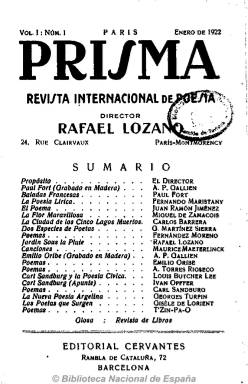
Título: Prisma (Barcelona. 1922)
Colección: Literatura
Ámbito geográfico: Barcelona
Lugar de publicación: Barcelona
Fechas: 01/01/1922-31/08/1922

Con el subtítulo “revista internacional de poesía”, la dirige desde París, en donde tiene su domicilio, el poeta mexicano Rafael Lozano (1899-¿) y es editada e impresa en Barcelona por Editorial Cervantes y la Imprenta La Polígrafa, respectivamente. Se publica desde enero hasta agosto de 1922, y su colección la integran dos volúmenes, con cuatro números cada uno, en entregas de 64 páginas y paginación continuada, en formato de libro y compuesta a una columna. No hay que confundir este título con Prisma: revista mural, de la que aparecen dos números, en noviembre de 1921 y agosto de 1922, en Buenos Aires, dirigida por Eduardo González Lanuza, y que funda junto a Jorge Luis Borges y Guillermo de Torre, entre otros.

Lozano, que en ese momento es corresponsal en la capital francesa del semanario mexicano El universal ilustrado, señala en su artículo de presentación, que, después de la Gran Guerra, se siente un inmenso deseo de renovación en lo que atañe a la poesía lírica y que la revista “aparece con el objeto de provocar un renacimiento”  de la castellana, que sepa unir a todos los poetas que escriben en la lengua de veintidós naciones, por lo que intentará dar a conocer en este idioma todas las tendencias mundiales de la poesía, en especial de los que escriben en castellano y, en general, a todos los poetas del mundo. Dará cabida a “todos los colores del espectro” y “toda la gama de la poesía lírica”, de ahí la elección del título de la publicación.

César Antonio Molina la incluye en el grupo “extraterritorial” de las numerosas revistas españolas de carácter literario y poético del primer tercio del siglo veinte, y dice de ella que puede, incluso, considerarse como un antecedente de la que en 1926 publicarán también en París Juan Larrea y César Vallejo: Favorables París poema.

Sus páginas estarán dedicadas preferentemente a la creación poética, pero también incluirá pequeños ensayos o trabajos críticos presentando a los nuevos poetas o dando cuenta de las literaturas nacionales o de las diferentes tendencias sobre las que ofrece antologías. Estos textos estarán acompañados de grabados en madera estampados en blanco y negro, que serán retratos de los poetas más destacados, firmados por Ivan Opffer, Antoine-Pierre Gallien, Arturo Ballester, N. Piñole o Joaquín Biosca, o la reproducción de alguna escultura.

Entre los poetas y escritores españoles que publican sus poemas y textos en las páginas de la revista se encuentran Juan Ramón Jiménez, Gregorio Martínez Sierra, Vicente Medina, Andrés González Blanco, José Moreno Villa, Juan Maragall, Alfonso Maseras, entre otros, y con una participación muy destacada del poeta y traductor catalán Fernando Maristany. Dedica sus páginas, asimismo, a la poesía portuguesa, chilena, uruguaya, peruana, hondureña, argentina, mexicana o costarricense. También a antologías de la poesía bolchevique, húngara, polaca, alemana, argelina, china, japonesa, e incorpora a parte de la plana mayor del simbolismo francés, con obras de T’Zin-Pa-O, Carl Sandburg, Maurice Maeterlinck, Marcello Fabri, Hans Larsson, Paul Fort, Edgar Allan Poe, Rabindranath Tagore, etc.

Asimismo, al final de cada número inserta las secciones Los poetas que surgen y Glosa, con otras semblanzas de los poetas que incorpora a sus páginas; y Teatros y Revista de revistas y Revista de libros, pues mantiene un sin fin de contactos con las revistas españolas y extranjeras del momento.

[Descripción modificada el 17/11/2022]